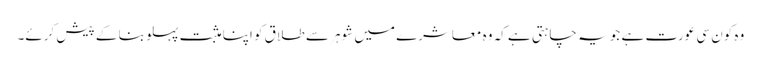
وہ کون سی عورت ہے جو یہ چاہتی ہے کہ وہ معاشرے میں شوہر سے طلاق کو اپنا مثبت پہلو بنا کے پیش کرئے۔